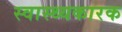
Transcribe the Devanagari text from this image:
स्वास्थ्यकारक